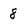
Character: 8